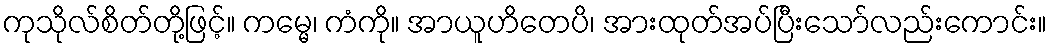
ကုသိုလ်စိတ်တို့ဖြင့်။ ကမ္မေ၊ ကံကို။ အာယူဟိတေပိ၊ အားထုတ်အပ်ပြီးသော်လည်းကောင်း။